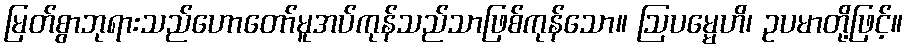
မြတ်စွာဘုရားသည်ဟောတော်မူအပ်ကုန်သည်သာဖြစ်ကုန်သော။ ဩပမ္မေဟိ၊ ဥပမာတို့ဖြင့်။